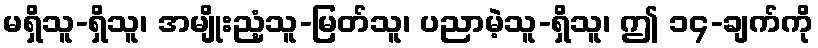
မရှိသူ-ရှိသူ၊ အမျိုးညံ့သူ-မြတ်သူ၊ ပညာမဲ့သူ-ရှိသူ၊ ဤ ၁၄-ချက်ကို